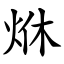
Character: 烌